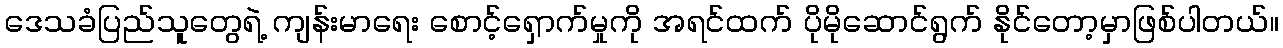
ဒေသခံပြည်သူတွေရဲ့ ကျန်းမာရေး စောင့်ရှောက်မှုကို အရင်ထက် ပိုမိုဆောင်ရွက် နိုင်တော့မှာဖြစ်ပါတယ်။